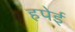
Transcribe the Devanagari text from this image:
हपेई